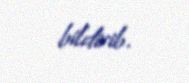
bildirib.